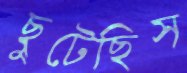
ছুটেছিস